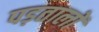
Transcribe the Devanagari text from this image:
पड़तालों